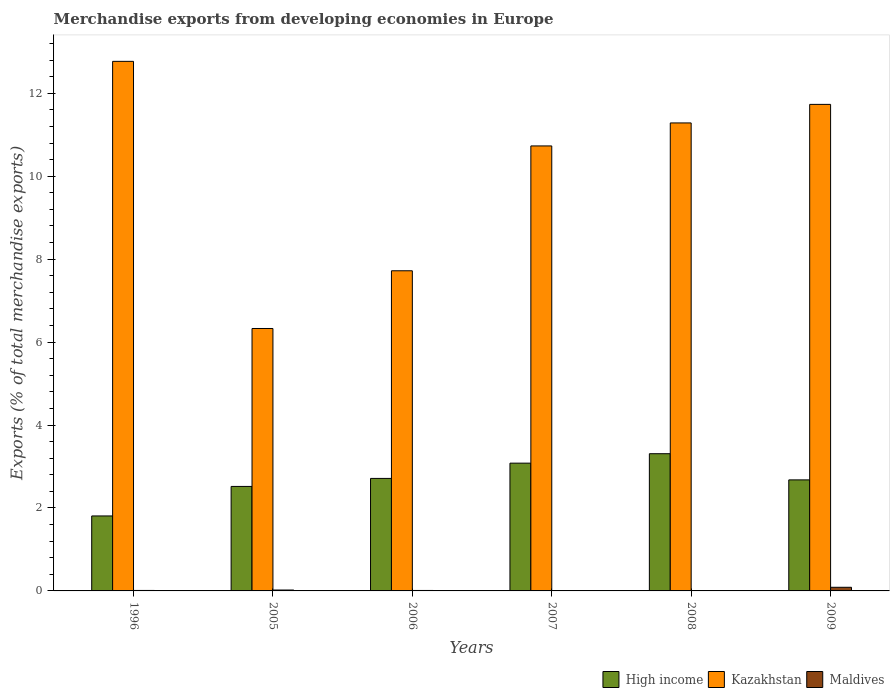
| Years | High income | Kazakhstan | Maldives |
 | --- | --- | --- | --- |
 | 1996 | 1.81 | 12.8 | 0.0116 |
 | 2005 | 2.52 | 6.33 | 0.0216 |
 | 2006 | 2.71 | 7.72 | 0.011 |
 | 2007 | 3.08 | 10.7 | 0.00196 |
 | 2008 | 3.31 | 11.3 | 0.000311 |
 | 2009 | 2.68 | 11.7 | 0.0876 |